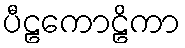
ပီဠကောဠိကာ